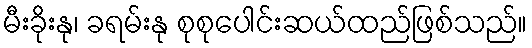
မီးခိုးနု၊ ခရမ်းနု စုစုပေါင်းဆယ်ထည်ဖြစ်သည်။